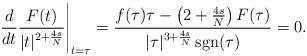
LaTeX: \begin{align*} \left. \frac{d}{dt} \frac{F(t)}{|t|^{2+ \frac{4s}{N}}} \right|_{t=\tau}=\frac{f(\tau)\tau-\left(2+\frac{4s}{N}\right)F(\tau)}{|\tau|^{3+\frac{4s}{N}}\operatorname{sgn}(\tau)}=0.\end{align*}